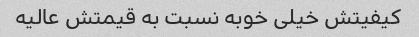
کیفیتش خیلی خوبه نسبت به قیمتش عالیه